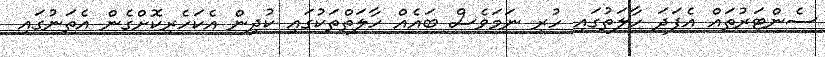
ސެންޓަރުތައް އެފަދަ ހާލަތުގައި ހުރި ނަމަވެސް ބައެއް ހާލަތްތަކުގައި ކުދިން އެކަހެރިކޮށްގެން އެތަނުގައި